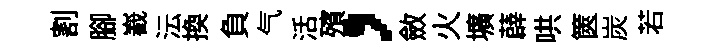
割腳嶻沄換負气活殯，斂火壙薜哄篋炭若